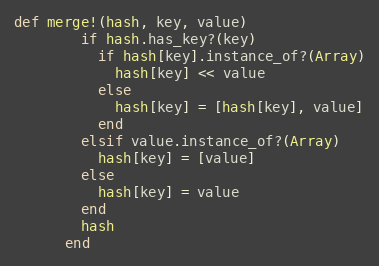
Language: Ruby
def merge!(hash, key, value)
        if hash.has_key?(key)
          if hash[key].instance_of?(Array)
            hash[key] << value
          else
            hash[key] = [hash[key], value]
          end
        elsif value.instance_of?(Array)
          hash[key] = [value]
        else
          hash[key] = value
        end
        hash
      end